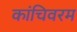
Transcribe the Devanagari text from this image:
कांचिवरम